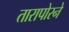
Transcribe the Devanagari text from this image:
तारापोरने